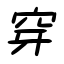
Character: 穿